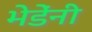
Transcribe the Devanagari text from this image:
भेडेंनी